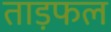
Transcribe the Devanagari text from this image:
ताड़फल